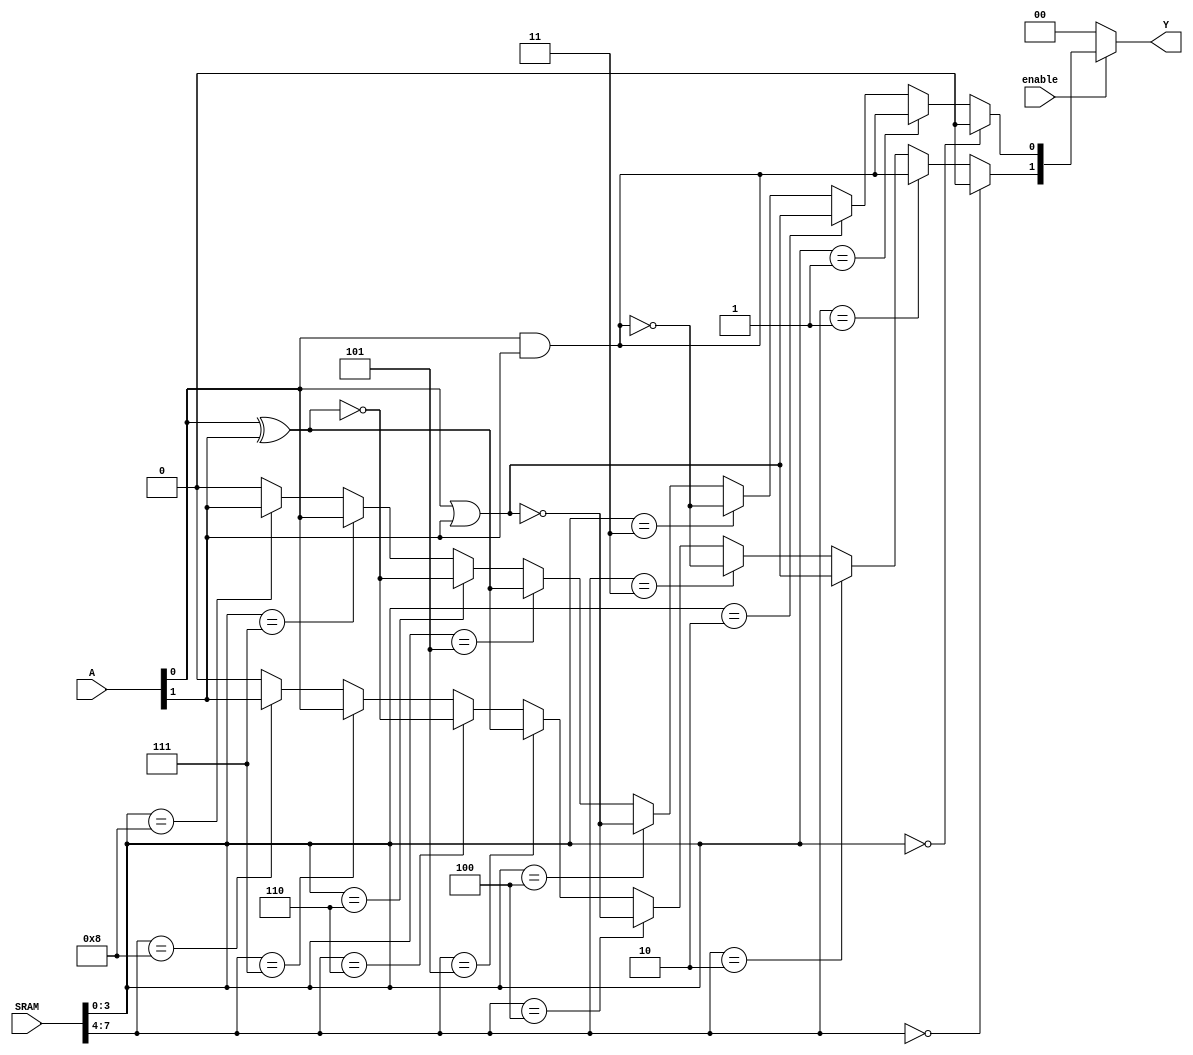
module CLB #(
    parameter NUM_INPUTS = 4,    // Number of inputs (A, B, C, D)
    parameter NUM_OUTPUTS = 2,    // Number of outputs (Y1, Y2)
    parameter SRAM_SIZE = 16       // Size of the SRAM (for storing configuration bits)
)(
    input wire [NUM_INPUTS-1:0] A, // Input signals
    input wire [SRAM_SIZE-1:0] SRAM, // SRAM configuration input
    input wire enable,              // Enable signal
    output wire [NUM_OUTPUTS-1:0] Y // Output signals
);

    // Internal signals
    wire [NUM_INPUTS-1:0] mux_out; // MUX outputs
    wire [NUM_OUTPUTS-1:0] logic_out; // Logic function outputs

    // Logic function implementation based on SRAM configuration
    generate
        genvar i;
        for (i = 0; i < NUM_OUTPUTS; i = i + 1) begin: logic_function
            assign logic_out[i] = (SRAM[i * 4 +: 4] == 4'b0000) ? 0 : // AND
                                  (SRAM[i * 4 +: 4] == 4'b0001) ? (A[0] & A[1]) : // AND
                                  (SRAM[i * 4 +: 4] == 4'b0010) ? (A[0] | A[1]) : // OR
                                  (SRAM[i * 4 +: 4] == 4'b0011) ? ~(A[0] & A[1]) : // NAND
                                  (SRAM[i * 4 +: 4] == 4'b0100) ? ~(A[0] | A[1]) : // NOR
                                  (SRAM[i * 4 +: 4] == 4'b0101) ? (A[0] ^ A[1]) : // XOR
                                  (SRAM[i * 4 +: 4] == 4'b0110) ? ~(A[0] ^ A[1]) : // XNOR
                                  (SRAM[i * 4 +: 4] == 4'b0111) ? A[0] : // NOT A[0]
                                  (SRAM[i * 4 +: 4] == 4'b1000) ? A[1] : // NOT A[1]
                                  0; // Default output
        end
    endgenerate

    // MUX to select output based on enable signal
    assign Y = enable ? logic_out : 2'b00; // Outputs logic_out when enabled, otherwise 00

endmodule